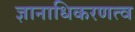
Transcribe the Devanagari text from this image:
ज्ञानाधिकरणत्व